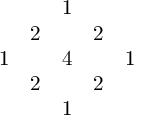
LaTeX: \begin{array} { c c c c c } { { } } & { { } } & { { 1 } } & { { } } & { { } } \\ { { } } & { { 2 } } & { { } } & { { 2 } } & { { } } \\ { { 1 } } & { { } } & { { 4 } } & { { } } & { { 1 } } \\ { { } } & { { 2 } } & { { } } & { { 2 } } & { { } } \\ { { } } & { { } } & { { 1 } } & { { } } & { { } } \end{array}